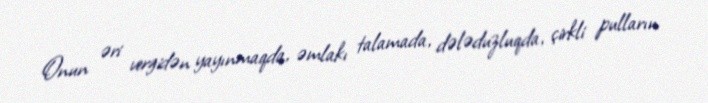
Onun əri vergidən yayınmaqda, əmlakı talamada, dələduzluqda, çirkli pulların